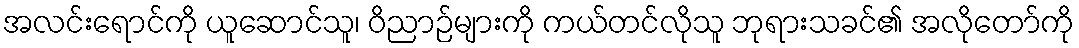
အလင်းရောင်ကို ယူဆောင်သူ၊ ဝိညာဉ်များကို ကယ်တင်လိုသူ ဘုရားသခင်၏ အလိုတော်ကို